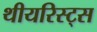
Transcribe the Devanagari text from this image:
थीयरिस्ट्स